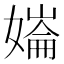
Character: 𡠱